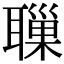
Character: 𦗔